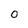
Character: 0